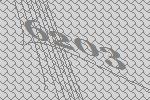
6203